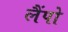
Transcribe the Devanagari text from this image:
लैंपो